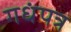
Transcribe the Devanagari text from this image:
गधंपत्र